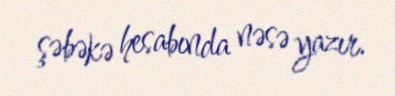
şəbəkə hesabında nəsə yazır.